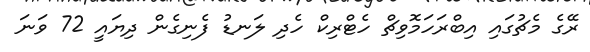
ރޭގެ މެޗުގައި އިބްރަހަމޮވިޗް ހެޓްރިކް ހެދި ލަނޑު ފެނިގެން ދިޔައީ 72 ވަނަ